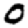
Digit: 0